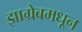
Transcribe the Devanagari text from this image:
झाग्रेबमधून